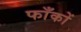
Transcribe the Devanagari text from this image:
फाँकों